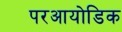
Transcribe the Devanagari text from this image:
परआयोडिक